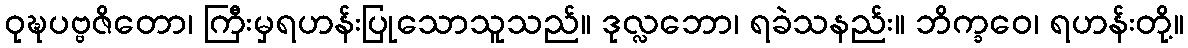
ဝုဍ္ဎပဗ္ဗဇိတော၊ ကြီးမှရဟန်းပြုသောသူသည်။ ဒုလ္လဘော၊ ရခဲသနည်း။ ဘိက္ခဝေ၊ ရဟန်းတို့။